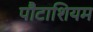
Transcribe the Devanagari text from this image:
पौटाशियम